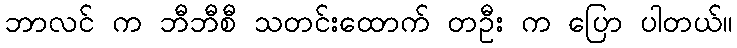
ဘာလင် က ဘီဘီစီ သတင်းထောက် တဦး က ပြော ပါတယ်။